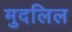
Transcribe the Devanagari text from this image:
मुदलिल